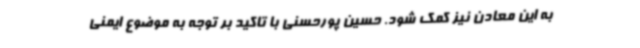
به این معادن نیز کمک شود. حسین پورحسنی با تاکید بر توجه به موضوع ایمنی